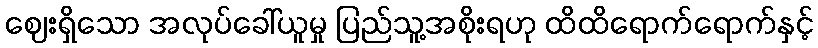
ဈေးရှိသော အလုပ်ခေါ်ယူမှု ပြည်သူ့အစိုးရဟု ထိထိရောက်ရောက်နှင့်